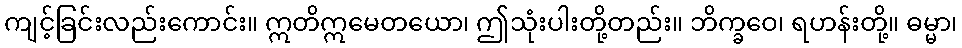
ကျင့်ခြင်းလည်းကောင်း။ ဣတိဣမေတယော၊ ဤသုံးပါးတို့တည်း။ ဘိက္ခဝေ၊ ရဟန်းတို့။ ဓမ္မာ၊